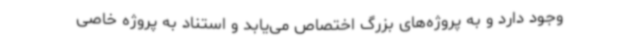
وجود دارد و به پروژه‌های بزرگ اختصاص می‌یابد و استناد به پروژه خاصی